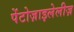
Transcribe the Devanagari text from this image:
पेंटोज़ाइलेलीज़